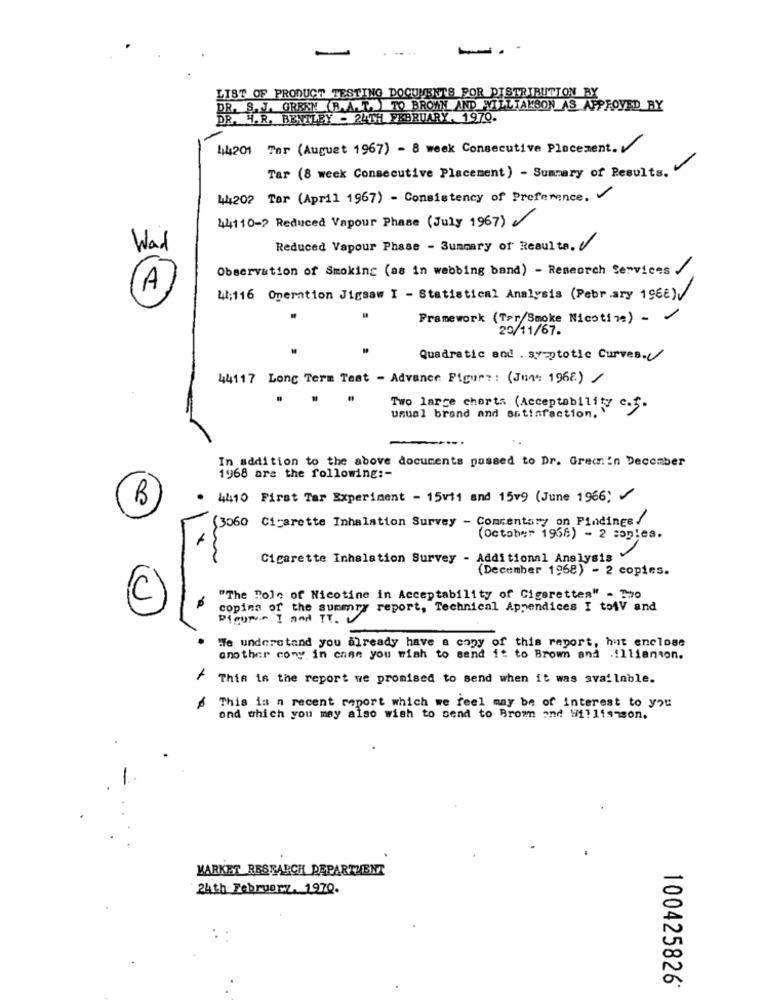
-
--
LIST OF PRODUCT TESTING DOCUMENTS FOR DISTRIBUTION BY
DR. S. J. GREEN (R.A. T. ) TO BROWN AND WILLTAKSON AS APPROVED BY
DR. H.R. BENTLEY - 24TH FEBRUARY . 1970-
44201 Tor (August 1967) - 8 week Consecutive Placement. V
Tar (8 week Consecutive Placement ) - Summary of Results."
4420? Tar (April 1967) - Consistency of Preference,
44110 -? Reduced Vapour Phase (July 1967)
Wad
Reduced Vapour Phase - Summary of Resulta.
Observation of Smoking (as in webbing band) - Research Services /
41;116 Operation Jigsaw I - Statistical Analysis (February 1962)
Framework (Ter/Smoke Nicotina) -
20/11/67.
Quadratic and symptotic Curves.
44117 Long Term Test - Advance Figur? : (Jun* 1968.) /
.
Two large chorts (Acceptability c.S.
usual brand and satisfaction. "
---.
In addition to the above documents passed to Dr. Grem in December
100
1968 are the following :-
4410 First Tar Experiment - 15vi1 and 15v9 (June 1966)
(3060 Cigarette Inhalation Survey - Commentary on Findings!
(Octob=" 1968) - 2 copies.
Cigarette Inhalation Survey - Additional Analysis
(December 1968) - 2 copies.
C
"The Role of Nicotine in Acceptability of Cigarettes" - Two
copina of the summary report, Technical Appendices I toAV and
PICune I and IT. V
We understand you already have a copy of this report, hut enclose
another cony in chen you wish to send it to Brown and .illianton.
/ This is the report we promised to send when it was available.
This is n recent report which we feel may be of interest to you
ond which you may also wish to send to Brom and Willis-son.
MARKET RESEARCH DEPARTHENT
24th February. 1970.
100425826